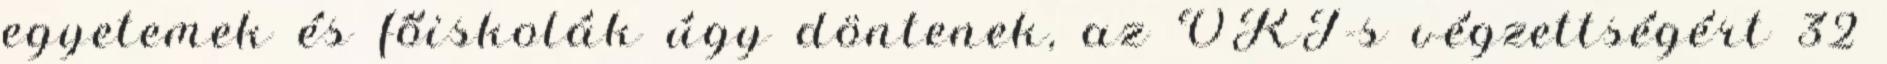
egyetemek és főiskolák úgy döntenek, az OKJ-s végzettségért 32